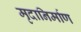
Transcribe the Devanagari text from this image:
मृदानिर्माण